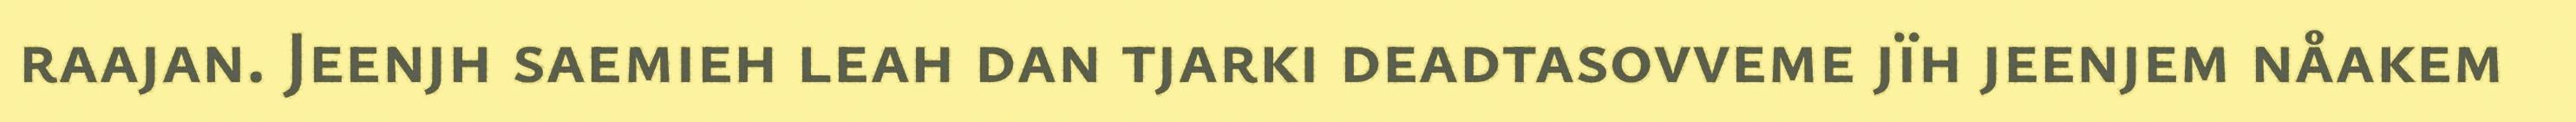
raajan. Jeenjh saemieh leah dan tjarki deadtasovveme jïh jeenjem nåakem